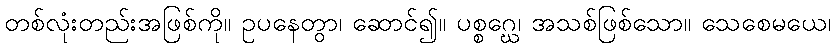
တစ်လုံးတည်းအဖြစ်ကို။ ဥပနေတွာ၊ ဆောင်၍။ ပစ္စဂ္ဃေ၊ အသစ်ဖြစ်သော။ သေစေမယေ၊